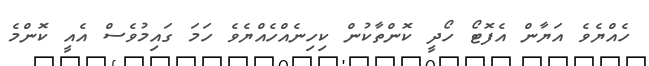
ހެއްޔެވެ އަޔާން އެފޮޓޯ ހޯދީ ކޮންތާކުން ކިހިނެއްހެއްޔެވެ ހަމަ ގައިމުވެސް އެއީ ކޮންމެ